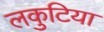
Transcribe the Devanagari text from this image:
लकुटिया